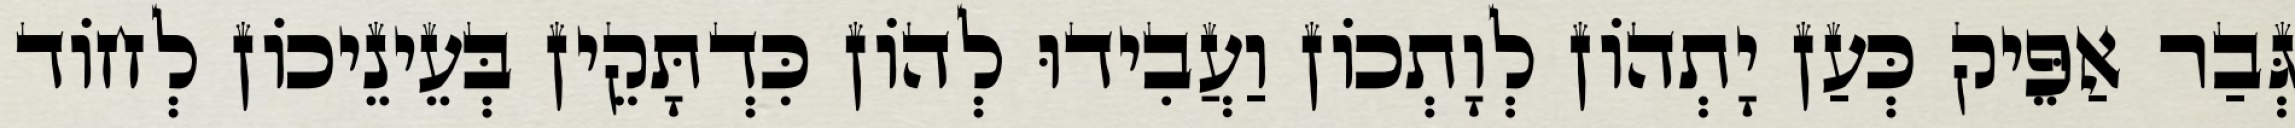
גְּבַר אַפֵּיק כְּעַן יָתְהוֹן לְוָתְכוֹן וַעֲבִידוּ לְהוֹן כִּדְתָּקֵין בְּעֵינֵיכוֹן לְחוֹד